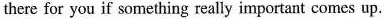
there for you if something really important comes up.